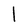
Character: l